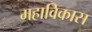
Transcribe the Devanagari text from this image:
महाविकास